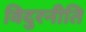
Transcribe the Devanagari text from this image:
विदुरनीति